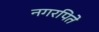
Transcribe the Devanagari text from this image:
नगरपिते